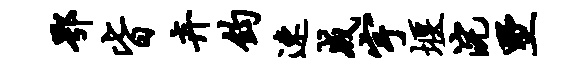
鄂皆卉钧速成宇堰浣墅